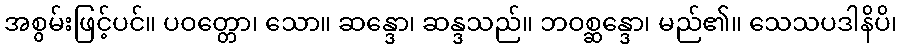
အစွမ်းဖြင့်ပင်။ ပဝတ္တော၊ သော။ ဆန္ဒော၊ ဆန္ဒသည်။ ဘဝစ္ဆန္ဒော၊ မည်၏။ သေသပဒါနိပိ၊